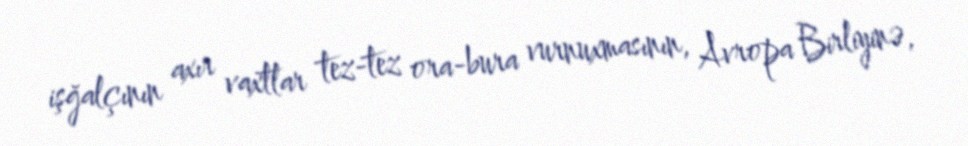
işğalçının axır vaxtlar tez-tez ora-bura vurnuxmasının, Avropa Birliyinə,